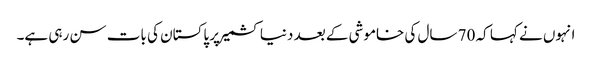
انہوں نے کہا کہ 70 سال کی خاموشی کے بعد دنیا کشمیر پر پاکستان کی بات سن رہی ہے۔